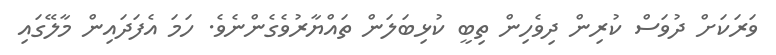
ވަރަކަށް ދުވަސް ކުރިން ދިވެހިން ތިބީ ކުޅިބަލަން ތައްޔާރުވެގެންނެވެ. ހަމަ އެފަދައިން މާލޭގައި